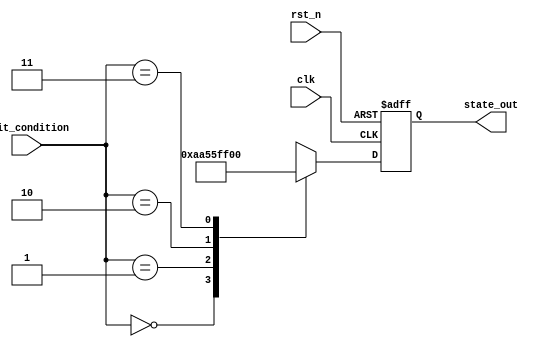
module ConditionalInitialization (
    input wire clk,                // Clock signal
    input wire rst_n,              // Active low reset signal
    input wire [1:0] init_condition, // 2-bit input to determine initialization condition
    output reg [7:0] state_out     // 8-bit output representing the initialized state
);

// Define parameters for different initialization states
parameter INIT_STATE_0 = 8'hAA; // Example initialization value for condition 0
parameter INIT_STATE_1 = 8'h55; // Example initialization value for condition 1
parameter INIT_STATE_2 = 8'hFF; // Example initialization value for condition 2
parameter INIT_STATE_3 = 8'h00; // Example initialization value for condition 3

// Internal register to hold the state
reg [7:0] state;

// Sequential logic for state initialization and updates
always @(posedge clk or negedge rst_n) begin
    if (!rst_n) begin
        // Reset state to a known value
        state <= 8'h00;
    end else begin
        // Conditional initialization based on input condition
        case (init_condition)
            2'b00: state <= INIT_STATE_0; // Initialize state based on condition 0
            2'b01: state <= INIT_STATE_1; // Initialize state based on condition 1
            2'b10: state <= INIT_STATE_2; // Initialize state based on condition 2
            2'b11: state <= INIT_STATE_3; // Initialize state based on condition 3
            default: state <= 8'h00;       // Default case
        endcase
    end
end

// Output logic to reflect the initialized state
always @(*) begin
    state_out = state; // Update output based on the current state
end

endmodule